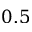
0 . 5